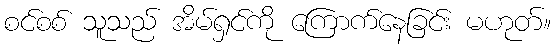
စင်စစ် သူသည် အိမ်ရှင်ကို ကြောက်နေခြင်း မဟုတ်။